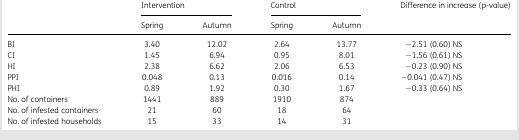
<table><thead><tr><td></td><td colspan="2"><b>Intervention</b></td><td colspan="2"><b>Control</b></td><td><b>Difference in increase (p-value)</b></td></tr><tr><td></td><td><b>Spring</b></td><td><b>Autumn</b></td><td><b>Spring</b></td><td><b>Autumn</b></td><td></td></tr></thead><tbody><tr><td>BI</td><td>3.40</td><td>12.02</td><td>2.64</td><td>13.77</td><td>−2.51 (0.60) NS</td></tr><tr><td>CI</td><td>1.45</td><td>6.94</td><td>0.95</td><td>8.01</td><td>−1.56 (0.61) NS</td></tr><tr><td>HI</td><td>2.38</td><td>6.62</td><td>2.06</td><td>6.53</td><td>−0.23 (0.90) NS</td></tr><tr><td>PPI</td><td>0.048</td><td>0.13</td><td>0.016</td><td>0.14</td><td>−0.041 (0.47) NS</td></tr><tr><td>PHI</td><td>0.89</td><td>1.92</td><td>0.30</td><td>1.67</td><td>−0.33 (0.64) NS</td></tr><tr><td>No. of containers</td><td>1441</td><td>889</td><td>1910</td><td>874</td><td></td></tr><tr><td>No. of infested containers</td><td>21</td><td>60</td><td>18</td><td>64</td><td></td></tr><tr><td>No. of infested households</td><td>15</td><td>33</td><td>14</td><td>31</td><td></td></tr></tbody></table>